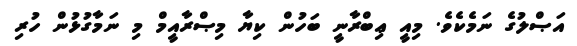
އަޞްލުގެ ނަމެކެވެ. މިއީ ޢިބްރާނީ ބަހުން ކިޔާ މިޞްރާއީމް މި ނަމާގުޅުން ހުރި